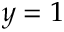
y = 1